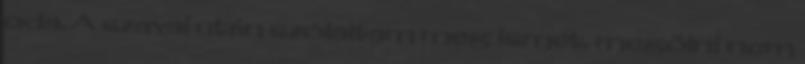
oda. A szavai után szólaltam meg ismét. megölni nem